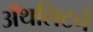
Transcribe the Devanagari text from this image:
ॲथलिटने